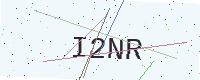
Text: I2NR